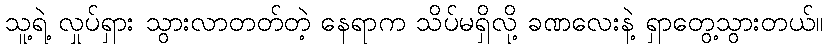
သူ့ရဲ့ လှုပ်ရှား သွားလာတတ်တဲ့ နေရာက သိပ်မရှိလို့ ခဏလေးနဲ့ ရှာတွေ့သွားတယ်။